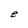
Character: e